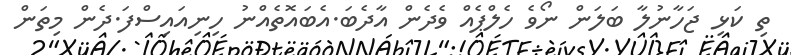
ތި ކަޅި ޖަހާނުލާ ބަލަން ނޯވެ ހެލްޕެއް ވެދެން އާދެބަ.އެބައޮތެއްނު ހިނިއައިސްފަ.ދެން މިތަން